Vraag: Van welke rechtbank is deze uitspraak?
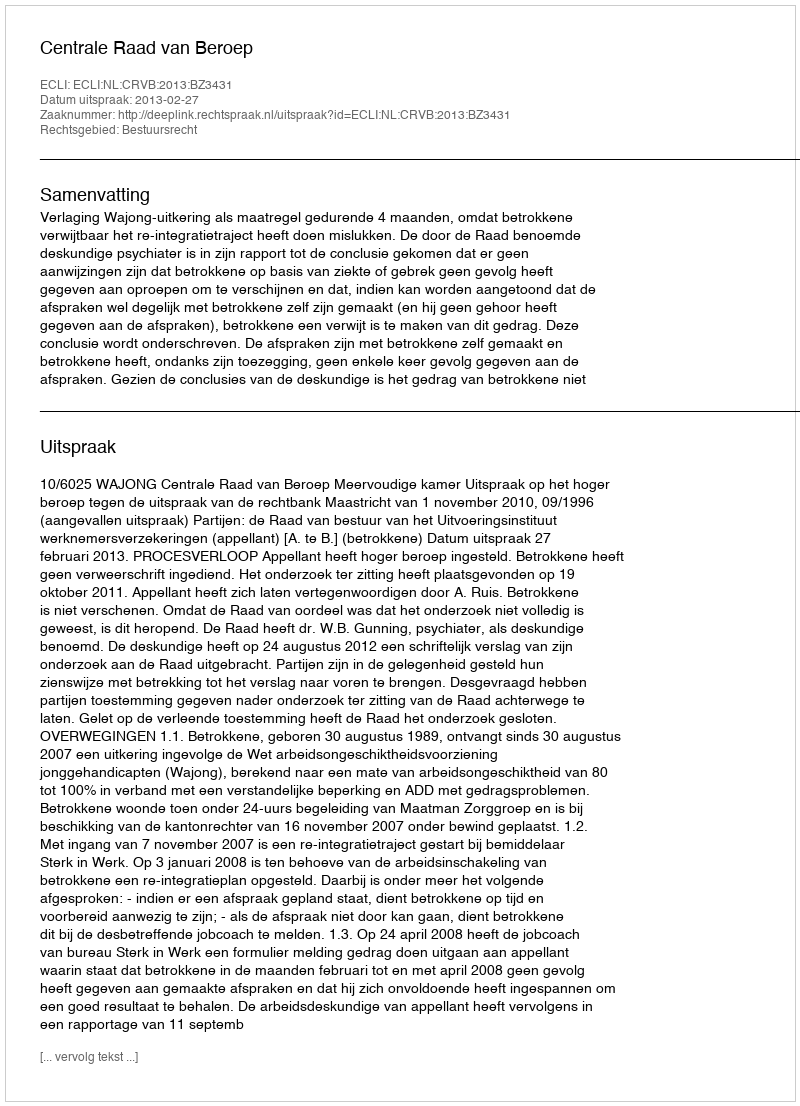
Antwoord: Centrale Raad van Beroep